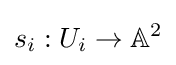
s_{i}:U_{i}\to \mathbb {A} ^{2}